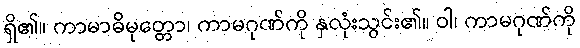
ရှိ၏။ ကာမာဓိမုတ္တော၊ ကာမဂုဏ်ကို နှလုံးသွင်း၏။ ဝါ၊ ကာမဂုဏ်ကို